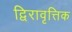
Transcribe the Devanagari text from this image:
द्विरावृत्तिक